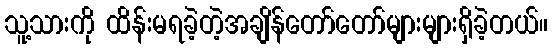
သူ့သားကို ထိန်းမရခဲ့တဲ့အချိန်တော်တော်များများရှိခဲ့တယ်။